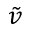
\tilde { v }